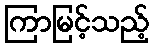
ကြာမြင့်သည့်